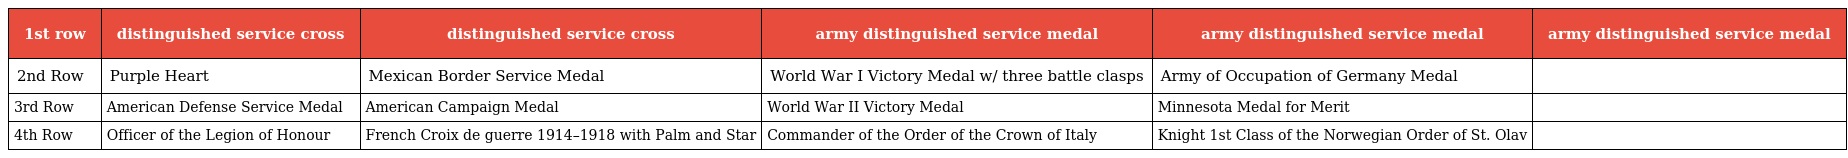
| 1st row | distinguished service cross | distinguished service cross | army distinguished service medal | army distinguished service medal | army distinguished service medal |
 | --- | --- | --- | --- | --- | --- |
 | 2nd Row | Purple Heart | Mexican Border Service Medal | World War I Victory Medal w/ three battle clasps | Army of Occupation of Germany Medal |  |
 | 3rd Row | American Defense Service Medal | American Campaign Medal | World War II Victory Medal | Minnesota Medal for Merit |  |
 | 4th Row | Officer of the Legion of Honour | French Croix de guerre 1914–1918 with Palm and Star | Commander of the Order of the Crown of Italy | Knight 1st Class of the Norwegian Order of St. Olav |  |